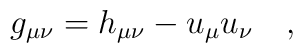
g_{\mu\nu}=h_{\mu\nu}-u_\mu u_\nu~~~,